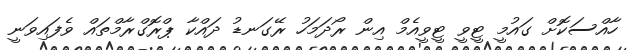
ހާއްސަކޮށް ގައުމީ ޓީވީ ޓީވީއެމް އިން ރޯދަމަހު ރޭގަނޑު ދައްކާ ޕްރޮގްރާމްތައް ވެފައިވަނީ